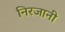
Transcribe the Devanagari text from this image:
निरजानी